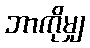
ဘာကိုမျှ